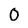
Character: 0